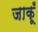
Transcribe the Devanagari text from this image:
जाकूँ